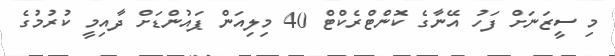
މި ސީޒަނަށް ފަހު އޭނާގެ ކޮންޓްރެކްޓް 40 މިލިއަން ޕައުންޑަށް ދާއިމީ ކުރުމުގެ